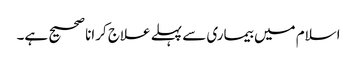
اسلام میں بیماری سے پہلے علاج کرانا صحیح ہے۔